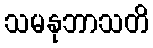
သမနုဘာသတိ